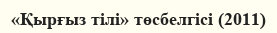
«Қырғыз тілі» төсбелгісі (2011)